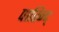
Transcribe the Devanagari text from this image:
पारिन्द्